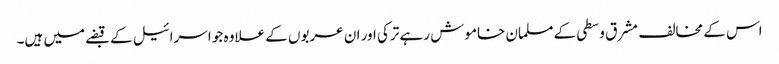
اس کے مخالف مشرق وسطی کے مسلمان خاموش رہے ترکی اور ان عربوں کے علاوہ جو اسرائیل کے قبضے میں ہیں۔